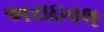
અરાઇવલ